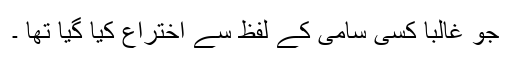
جو غالباً کسی سامی کے لفظ سے اختراع کیا گیا تھا ۔